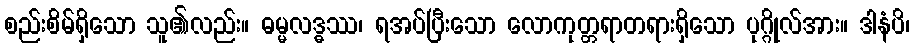
စည်းစိမ်ရှိသော သူ၏လည်း။ ဓမ္မလဒ္ဓဿ၊ ရအပ်ပြီးသော လောကုတ္တရာတရားရှိသော ပုဂ္ဂိုလ်အား။ ဒါနံပိ၊